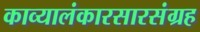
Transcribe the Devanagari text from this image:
काव्यालंकारसारसंग्रह